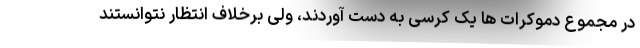
در مجموع دموکرات ها یک کرسی به دست آوردند، ولی برخلاف انتظار نتوانستند